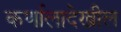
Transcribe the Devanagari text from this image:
कर्णालादेखील